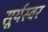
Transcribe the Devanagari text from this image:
सूर्यस्वर